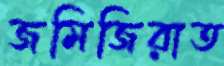
জমিজিরাত